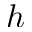
h